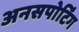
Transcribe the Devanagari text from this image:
अनसपोर्टिंग